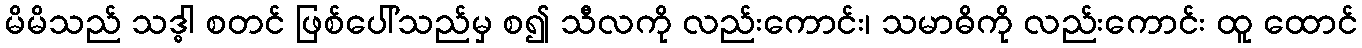
မိမိသည် သဒ္ဓါ စတင် ဖြစ်ပေါ်သည်မှ စ၍ သီလကို လည်းကောင်း၊ သမာဓိကို လည်းကောင်း ထူ ထောင်